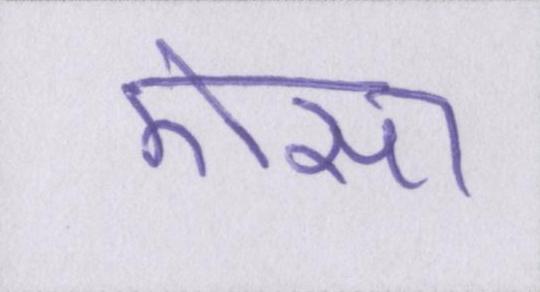
ऎसा